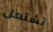
تشتعل